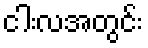
ငါးလအတွင်း